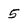
Character: 5